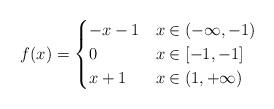
LaTeX: \begin{align*}f(x)=\begin{cases}-x-1 & x \in (-\infty, -1)\\0 & x \in [-1, -1]\\x+1 & x \in (1, +\infty)\\\end{cases} \end{align*}